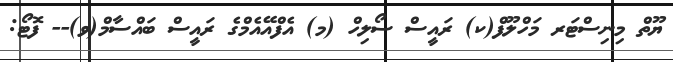
ޔޫތް މިނިސްޓަރ މަހްލޫފް(ކ) ރައީސް ސޯލިހް (މ) އެފްއޭއެމްގެ ރައީސް ބައްސާމް(ވ)-- ފޮޓޯ: